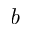
\mathit { b }